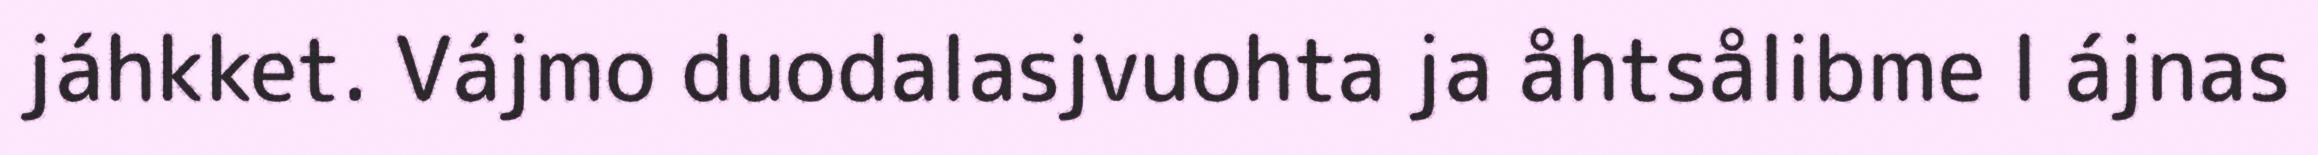
jáhkket. Vájmo duodalasjvuohta ja åhtsålibme l ájnas